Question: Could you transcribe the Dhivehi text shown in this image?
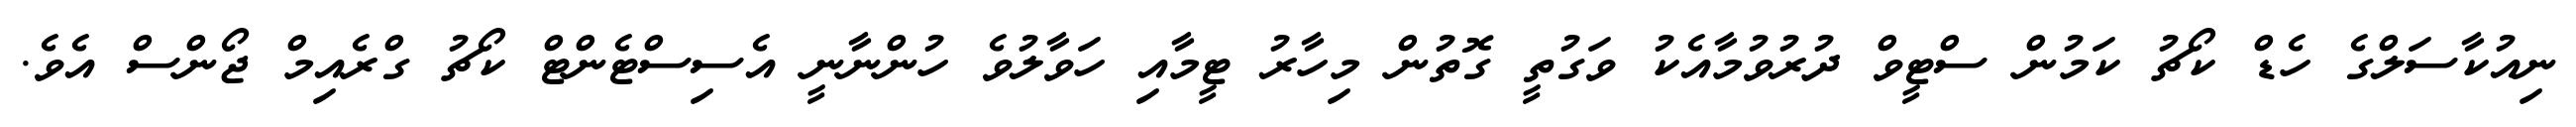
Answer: ނިއުކާސަލްގެ ހެޑް ކޯޗު ކަމުން ސްޓީވް ދުރުވުމާއެކު ވަގުތީ ގޮތުން މިހާރު ޓީމާއި ހަވާލުވެ ހުންނާނީ އެސިސްޓެންޓް ކޯޗު ގްރެއިމް ޖޯންސް އެވެ.